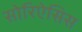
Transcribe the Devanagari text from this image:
सोरिऐसिस